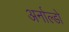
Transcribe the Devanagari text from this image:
अर्नाल्डो